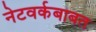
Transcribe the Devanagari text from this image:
नेटवर्कबाबत